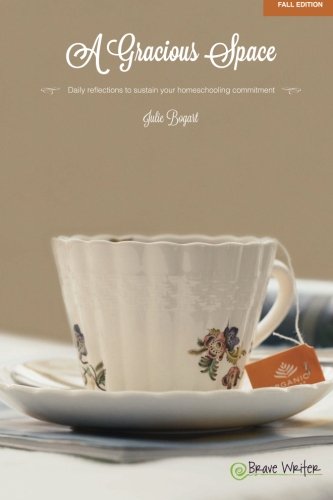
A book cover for A Gracious Space: Fall: Daily Reflections to Sustain Your Homeschooling Commitment (Volume 1); Julie Bogart; Parenting & Relationships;